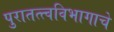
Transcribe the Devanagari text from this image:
पुरातत्त्वविभागाचे